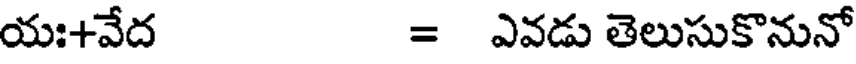
యః+వేద = ఎవడు తెలుసుకొనునో